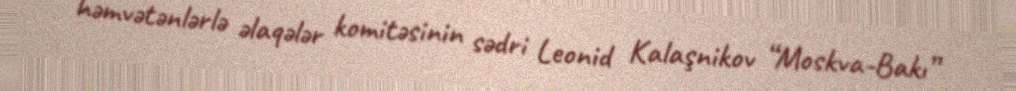
həmvətənlərlə əlaqələr komitəsinin sədri Leonid Kalaşnikov “Moskva-Bakı”